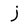
Character: j